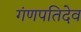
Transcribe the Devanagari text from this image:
गंणपतिदेव